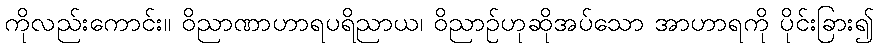
ကိုလည်းကောင်း။ ဝိညာဏာဟာရပရိညာယ၊ ဝိညာဉ်ဟုဆိုအပ်သော အာဟာရကို ပိုင်းခြား၍